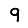
Digit: 9